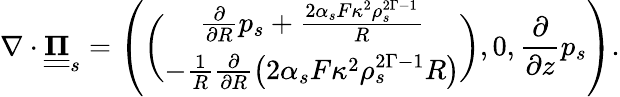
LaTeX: \nabla\cdot\underline{{\underline{{\mathbf{\Pi}}}}}_{s}=\left(\binom{\frac{\partial}{\partial R}p_{s}+\frac{2\alpha_{s}F\kappa^{2}\rho_{s}^{2\Gamma-1}}{R}}{-\frac{1}{R}\frac{\partial}{\partial R}\left(2\alpha_{s}F\kappa^{2}\rho_{s}^{2\Gamma-1}R\right)},0,\frac{\partial}{\partial z}p_{s}\right).